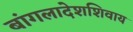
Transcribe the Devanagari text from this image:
बांगलादेशशिवाय